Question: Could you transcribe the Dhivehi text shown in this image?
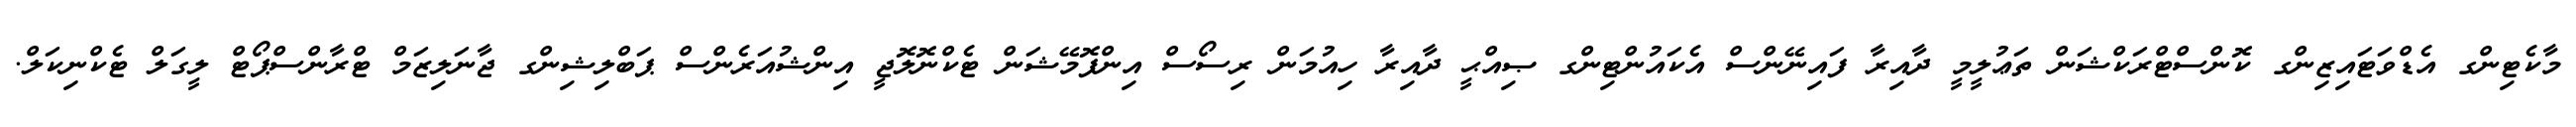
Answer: މާކެޓިންގ އެޑްވަޓައިޒިންގ ކޮންސްޓްރަކްޝަން ތަޢުލީމީ ދާއިރާ ފައިނޭންސް އެކައުންޓިންގ ޞިއްޙީ ދާއިރާ ހިއުމަން ރިސޯސް އިންފޮމޭޝަން ޓެކްނޮލޮޖީ އިންޝުއަރެންސް ޕަބްލިޝިންގ ޖާނަލިޒަމް ޓްރާންސްޕޯޓް ލީގަލް ޓެކްނިކަލް.